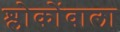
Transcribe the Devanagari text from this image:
श्लोकोंवाला